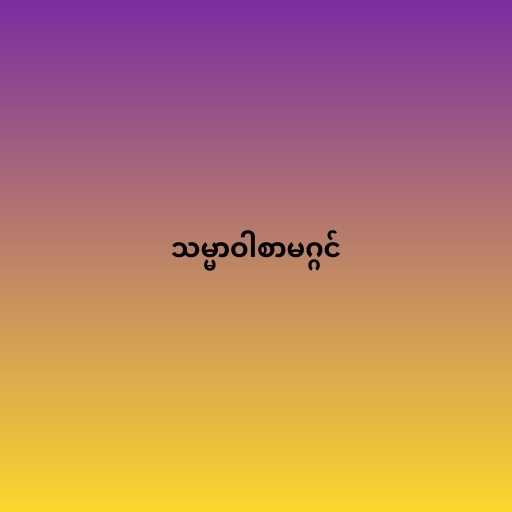
သမ္မာဝါစာမဂ္ဂင်